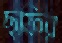
ছফির